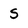
Character: S